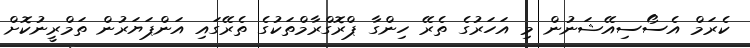
ކެރަމް އެސޯސިއޭޝަނުން މި އަަހަރުގެ ތެރޭ ހިންގާ ޕްރޮގްރާމްތަކުގެ ތެރޭގައި އަންޕަޔަރުން ތަމްރީނުކޮށް